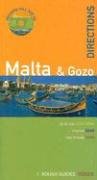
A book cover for The Rough Guides' Malta Directions 1 (Rough Guide Directions); Victor Borg; Travel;